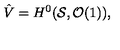
\hat { V } = H ^ { 0 } ( { \cal S } , { \cal O } ( 1 ) ) ,